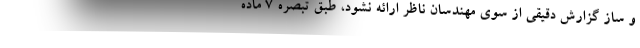
و ساز گزارش دقیقی از سوی مهندسان ناظر ارائه نشود، طبق تبصره ۷ ماده